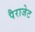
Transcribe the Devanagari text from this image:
पैराजेट